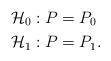
LaTeX: \begin{align*}\mathcal{H}_0 &: P = P_0\\\mathcal{H}_1 &: P = P_1.\end{align*}